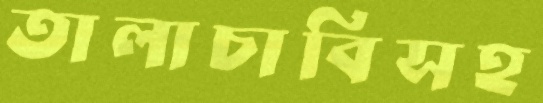
তালাচাবিসহ